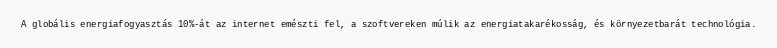
A globális energiafogyasztás 10%-át az internet emészti fel, a szoftvereken múlik az energiatakarékosság, és környezetbarát technológia.